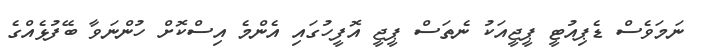
ނަމަވެސް ޑެޕިއުޓީ ޕީޖީއަކު ނެތަސް ޕީޖީ އޮފީހުގައި އެންމެ އިސްކޮށް ހުންނަވާ ބޭފުޅެއްގެ